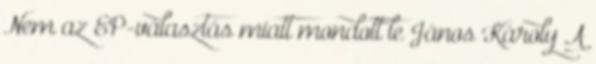
Nem az EP-választás miatt mondott le János Károly A